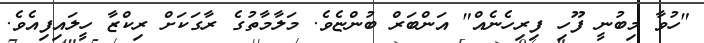
"ހުވާ މިބުނީ ފޫހި ފިރިހެނެއް" އަންބަރް ބުންޏެވެ. މަލާމާތުގެ ރާގަކަށް ރިކްޒާ ހީލައިފިއެވެ.